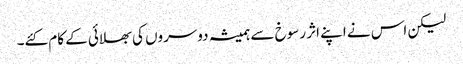
لیکن اس نے اپنے اثر رسوخ سے ہمیشہ دوسروں کی بھلائی کے کام کئے۔